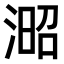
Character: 𣸬